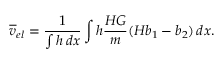
\overline { { v } } _ { e l } = \frac { 1 } { \int h \, d x } \int h \frac { H G } { m } ( H b _ { 1 } - b _ { 2 } ) \, d x .